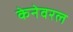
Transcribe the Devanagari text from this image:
केनेवरल